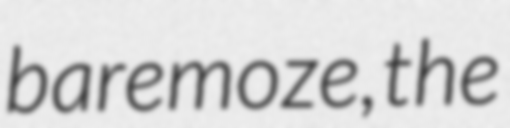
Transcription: baremoze, the